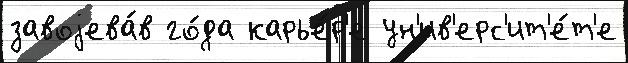
завоjева́в го́да карье́р'е ун'ив'ерс'ит'е́т'е